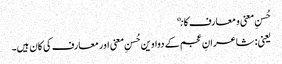
حُسنِ معنی و معارف کانې
یعنی: شاعرانِ عجم کے دواوین حُسنِ معنی اور معارف کی کان ہیں۔